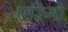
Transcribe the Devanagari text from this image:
एरिगो